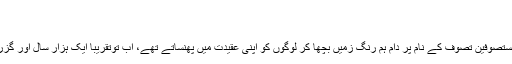
قیافہ شناسی - مفتی منیب الرحمن - Daleel.Pk
2,039 مرتبہ پڑھا
حضرت سید علی ہجویری رحمہ اللہ تعالیٰ کے عہد میں بھی مُسْتَصوِفِین تصوف کے نام پر دامِ ہم رنگِ زمیں بچھا کر لوگوں کو اپنی عقیدت میں پھنساتے تھے، اب توتقریباً ایک ہزار سال اور گزر چکے ہیں، تو آپ اندازہ لگاسکتے ہیں، زوال کا عالَم کیا ہوگا۔